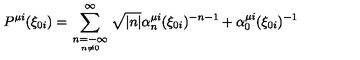
P ^ { \mu i } ( \xi _ { 0 i } ) = \sum _ { \scriptstyle n = - \infty \atop n \neq 0 } ^ { \infty } \sqrt { | n | } \alpha _ { n } ^ { \mu i } ( \xi _ { 0 i } ) ^ { - n - 1 } + \alpha _ { 0 } ^ { \mu i } ( \xi _ { 0 i } ) ^ { - 1 }